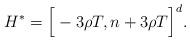
LaTeX: \begin{align*}H^{*}= \Big[-3 \rho T, n+3 \rho T \Big]^{d}.\end{align*}